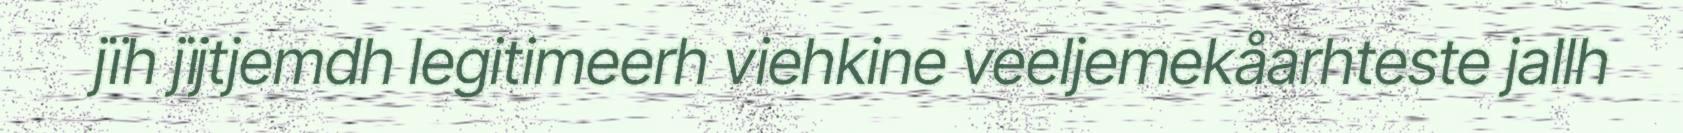
jïh jïjtjemdh legitimeerh viehkine veeljemekåarhteste jallh